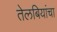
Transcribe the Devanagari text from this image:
तेलबियांचा